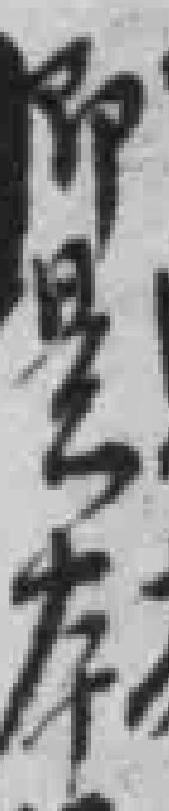
即是本